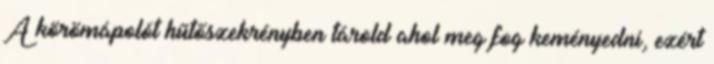
A körömápolót hűtőszekrényben tárold ahol meg fog keményedni, ezért